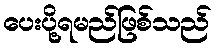
ပေးပို့ရမည်ဖြစ်သည်